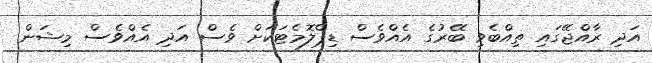
އަދި ރާއްޖޭގައި ތިއްބެވި ބޭރުގެ އެއްވެސް ޑިޕްލޮމެޓަކަށް ވެސް އަދި އެއްވެސް މިޝަން